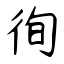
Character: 徇